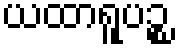
ယထာရူပဉ္စ